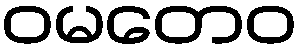
ဝမတေဝ